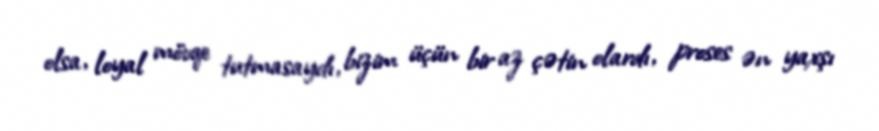
olsa, loyal mövqe tutmasaydı, bizim üçün bir az çətin olardı, proses ən yaxşı